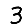
Digit: 3